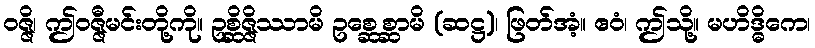
ဝဇ္ဇိ၊ ဤဝဇ္ဇီမင်းတို့ကို။ ဥစ္ဆိဇ္ဇိဿာမိ ဥစ္ဆေစ္ဆာမိ (ဆဋ္ဌ)၊ ဖြတ်အံ့။ ဧဝံ၊ ဤသို့။ မဟိဒ္ဓိကေ၊